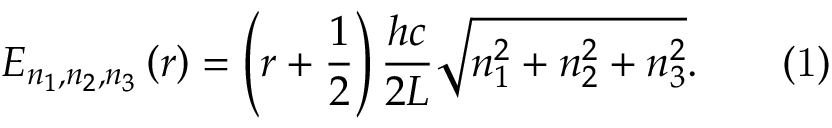
E _ { n _ { 1 } , n _ { 2 } , n _ { 3 } } \left( r \right) = \left( r + { \frac { 1 } { 2 } } \right) { \frac { h c } { 2 L } } { \sqrt { n _ { 1 } ^ { 2 } + n _ { 2 } ^ { 2 } + n _ { 3 } ^ { 2 } } } . \qquad { \mathrm { ( 1 ) } }